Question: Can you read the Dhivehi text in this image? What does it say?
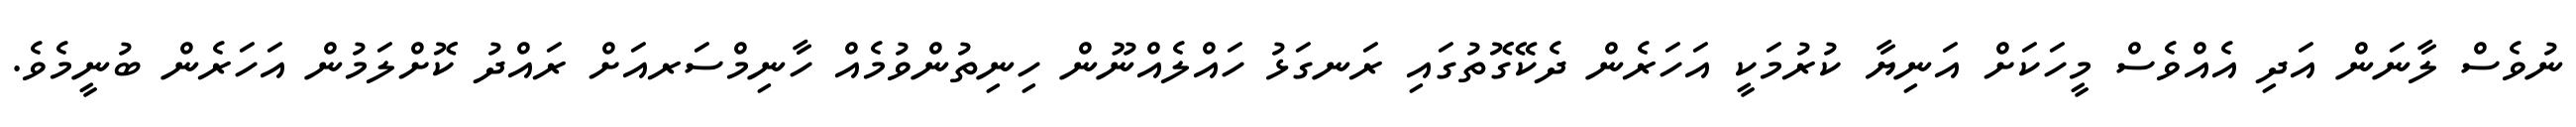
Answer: ނުވެސް ލާނަން އަދި އެއްވެސް މީހަކަށް އަނިޔާ ކުރުމަކީ އަހަރެން ދެކޭގޮތުގައި ރަނގަޅު ހައްލެއްނޫން ހިނިތުންވުމެއް ހާނިމްސަރއަށް ރައްދު ކޮށްލަމުން އަހަރެން ބުނީމެވެ.